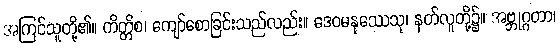
အကြင်သူတို့၏။ ကိတ္တိစ၊ ကျော်စောခြင်းသည်လည်း။ ဒေဝမနုဿေသု၊ နတ်လူတို့၌။ အဗ္ဘုဂ္ဂတာ၊